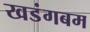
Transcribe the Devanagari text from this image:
खडंगबम